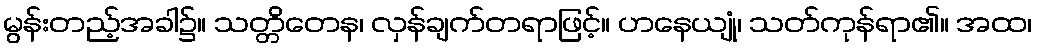
မွန်းတည့်အခါ၌။ သတ္တိတေန၊ လှန်ချက်တရာဖြင့်။ ဟနေယျုံ၊ သတ်ကုန်ရာ၏။ အထ၊